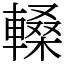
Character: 䡦